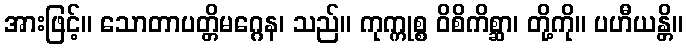
အားဖြင့်။ သောတာပတ္တိမဂ္ဂေန၊ သည်။ ကုက္ကုစ္စ ဝိစိကိစ္ဆာ၊ တို့ကို။ ပဟီယန္တိ။